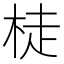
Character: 𱣙